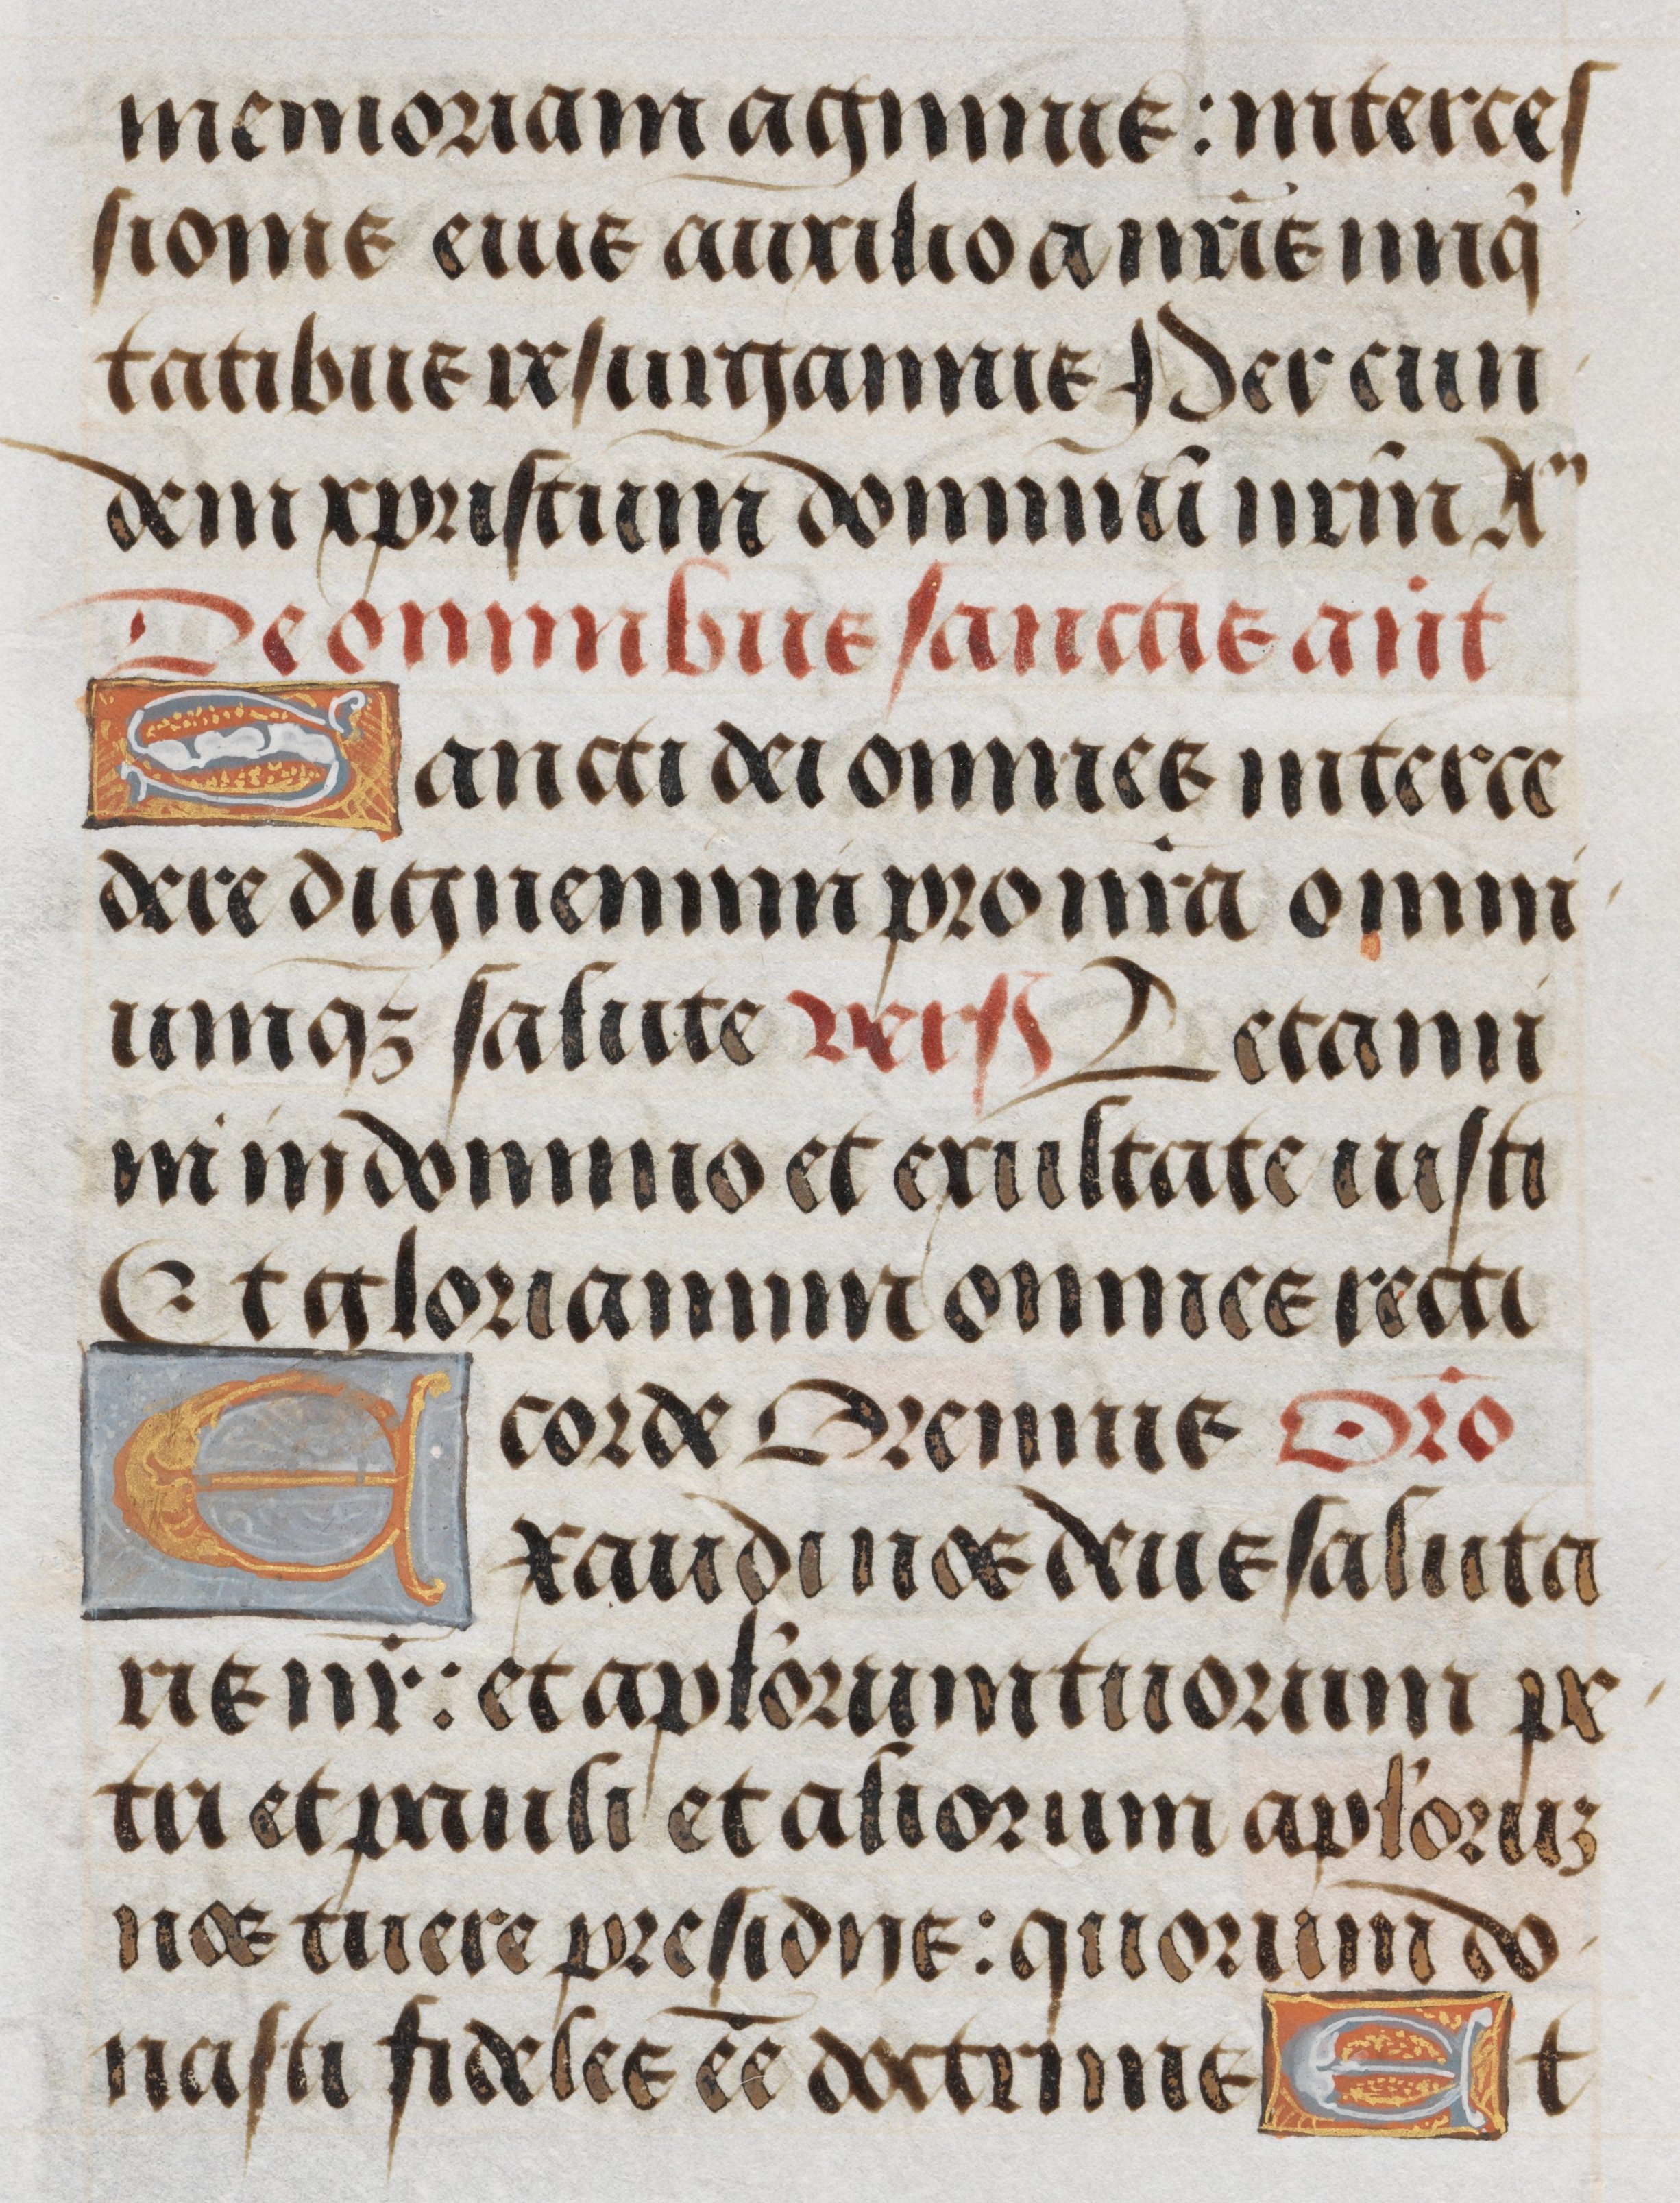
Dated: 1485–1515